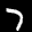
Label: 7